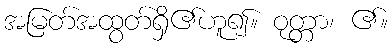
အမြတ်အထွတ်ရှိ၏ဟူ၍။ ဝုတ္တာ၊ ၏။